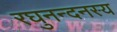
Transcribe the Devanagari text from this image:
रघुनन्दनस्य